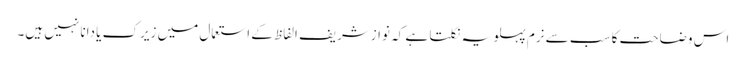
اس وضاحت کا سب سے نرم پہلو یہ نکلتا ہے کہ نوازشریف الفاظ کے استعمال میں زیرک یا دانا نہیں ہیں۔